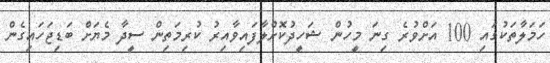
ހަމަލާތަކުގައި 100 އަށްވުރެ ގިނަ މީހުން ޝަހީދުކޮށްލާފައިވާއިރު ކުރިމަތިން ސީދާ މެޔަށް ބަޑިޖަހައިގެން